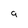
Character: 9